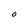
Character: O